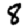
Digit: 8